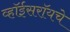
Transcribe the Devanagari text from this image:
व्हॉईसरॉयचे